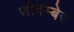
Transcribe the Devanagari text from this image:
णोवेम्बेर